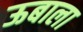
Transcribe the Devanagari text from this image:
ऊबाला